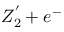
Z _ { 2 } ^ { ' } + e ^ { - }